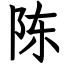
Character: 陈